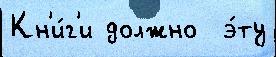
Кн'и́г'и должно  э́ту